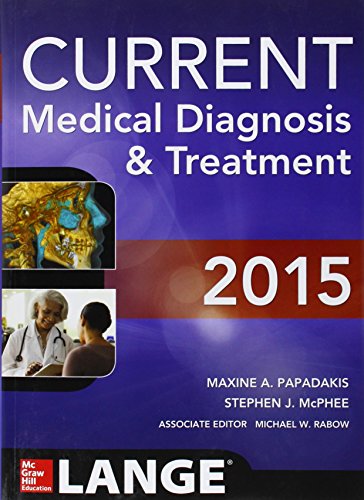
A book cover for CURRENT Medical Diagnosis and Treatment 2015; Maxine Papadakis; Medical Books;